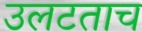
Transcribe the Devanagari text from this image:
उलटताच